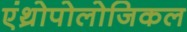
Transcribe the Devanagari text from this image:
एंथ्रोपोलोजिकल